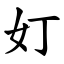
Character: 奵